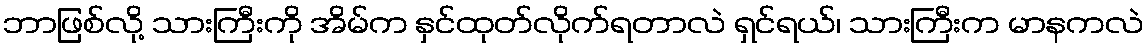
ဘာဖြစ်လို့ သားကြီးကို အိမ်က နှင်ထုတ်လိုက်ရတာလဲ ရှင်ရယ်၊ သားကြီးက မာနကလဲ